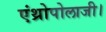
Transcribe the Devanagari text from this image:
एंथ्रोपोलाजी।